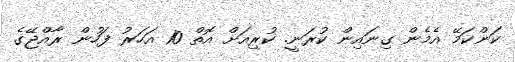
ކަންކަމޭ އެމެން ގިނައިން ކުރަނީ. ކުރިއަށް އޮތް 10 އަހަަރު ފަހުން ރާއްޖޭގެ